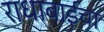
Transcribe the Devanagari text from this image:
राधाबाईंचा